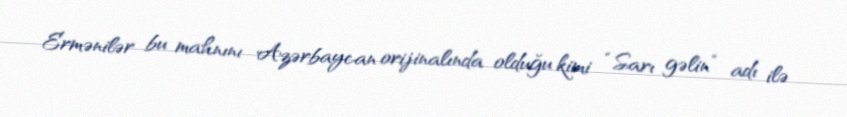
Ermənilər bu mahnını Azərbaycan orijinalında olduğu kimi “Sarı gəlin” adı ilə